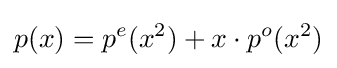
p(x)=p^{e}(x^{2})+x\cdot p^{o}(x^{2})